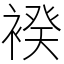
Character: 䙆